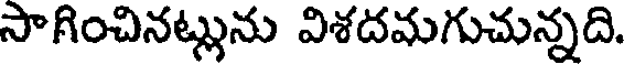
సాగించినట్లును విశదమగుచున్నది.